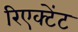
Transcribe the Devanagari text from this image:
रिएक्टेंट